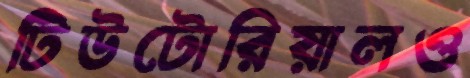
টিউটোরিয়ালও